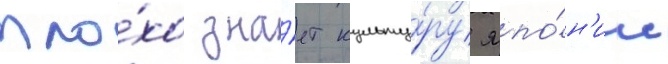
пло́хо зна́ет культу́ру япо́н'ии